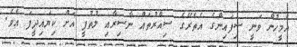
އެމީހުން ވަނީ ސިފައިންގެ އެތެރޭގެ ސިއްރުތައް ނާސިރާއި ލުތުފީ އަށް ކިޔައިދީފަ އެވެ.